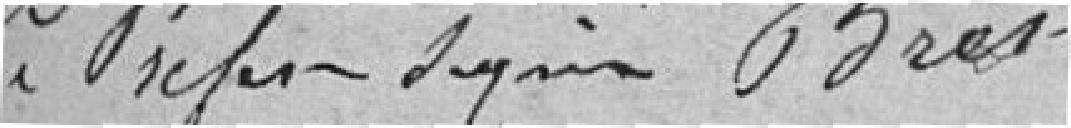
Le Préfet signé Bret